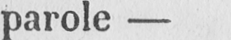
parole -